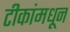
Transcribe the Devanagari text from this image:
टीकांमधून